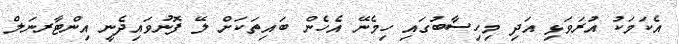
އެކަމަކު އުރަވަޅި އަދި މިހިސާބުގައި ހިމެނޭ އެހެން ބައިތަކަށް ލޭ ފޮނުވައިދެނީ އިންޓާރނަލް